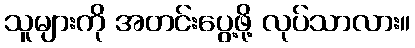
သူများကို အတင်းပွေ့ဖို့ လုပ်သာလား။